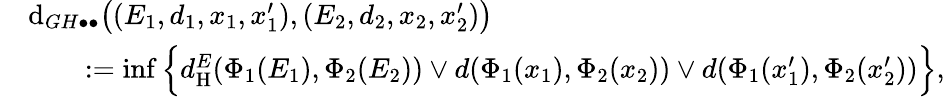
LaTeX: \begin{array}{rl}&{\mathrm{d}_{GH\bullet\bullet}\big((E_{1},d_{1},x_{1},x_{1}^{\prime}),(E_{2},d_{2},x_{2},x_{2}^{\prime})\big)}\\ &{\qquad:=\operatorname*{inf}\Big\{ d_{\mathrm{H}}^{E}(\Phi_{1}(E_{1}),\Phi_{2}(E_{2}))\vee d(\Phi_{1}(x_{1}),\Phi_{2}(x_{2}))\vee d(\Phi_{1}(x_{1}^{\prime}),\Phi_{2}(x_{2}^{\prime}))\Big\} ,}\end{array}